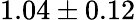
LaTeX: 1.04\pm 0.12